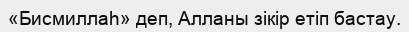
«Бисмиллаһ» деп, Алланы зікір етіп бастау.